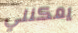
يمكنني